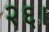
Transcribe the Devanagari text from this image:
२६।